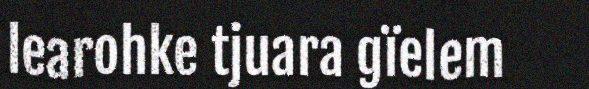
learohke tjuara gïelem